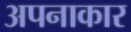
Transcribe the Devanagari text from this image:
अपनाकार